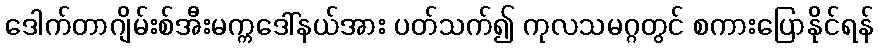
ဒေါက်တာဂျိမ်းစ်အီးမက္ကဒေါ်နယ်အား ပတ်သက်၍ ကုလသမဂ္ဂတွင် စကားပြောနိုင်ရန်